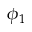
\phi _ { 1 }